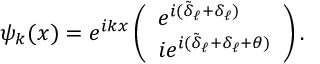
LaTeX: \psi _ { k } ( x ) = e ^ { i k x } \left( \begin{array} { l } { { e ^ { i ( \tilde { \delta } _ { \ell } + \delta _ { \ell } ) } } } \\ { { i e ^ { i ( \tilde { \delta } _ { \ell } + \delta _ { \ell } + \theta ) } } } \end{array} \right) .